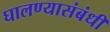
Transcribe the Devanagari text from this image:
घालण्यासंबंधी